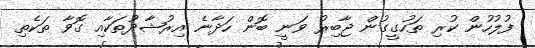
ފުލުހުން ކުރި ތަހުގީގުން ޖާބިރު ވަނީ ބޮން ހަދާނެ އިރުޝާދުތަކާއި ގޮވާ ތަކެތި